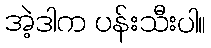
အဲ့ဒါက ပန်းသီးပါ။